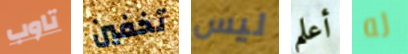
تاوب تخفين ليس أعلم له